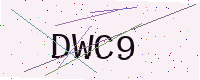
Text: DWC9